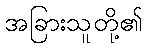
အခြားသူတို့၏